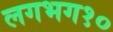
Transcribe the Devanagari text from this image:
लगभग१०